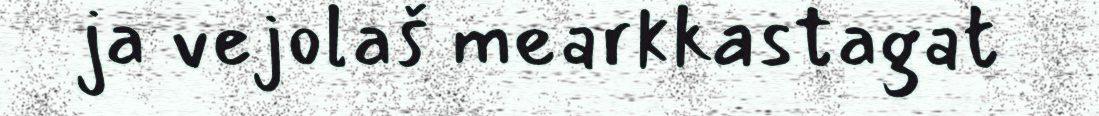
ja vejolaš mearkkastagat